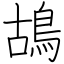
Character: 鴣